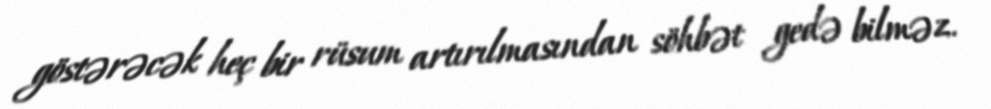
göstərəcək heç bir rüsum artırılmasından söhbət gedə bilməz.